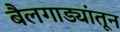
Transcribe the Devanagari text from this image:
बैलगाड्यांतून